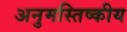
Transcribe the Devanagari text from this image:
अनुमस्तिष्‍कीय